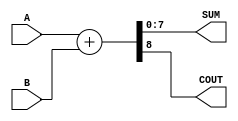
module ParameterizedAdder #(
    parameter WIDTH = 8  // Default width is set to 8 bits
)(
    input  [WIDTH-1:0] A,   // First operand
    input  [WIDTH-1:0] B,   // Second operand
    output [WIDTH-1:0] SUM,  // Output sum
    output COUT              // Carry out (optional)
);

// Internal signal for sum calculation
wire [WIDTH:0] full_sum; // Extra bit for carry out

// Perform addition
assign full_sum = {1'b0, A} + {1'b0, B}; // Extend A and B by 1 bit for carry out
assign SUM = full_sum[WIDTH-1:0]; // Take lower WIDTH bits as result
assign COUT = full_sum[WIDTH]; // Carry out is the next bit

endmodule